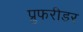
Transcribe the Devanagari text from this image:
प्रुफरीडर